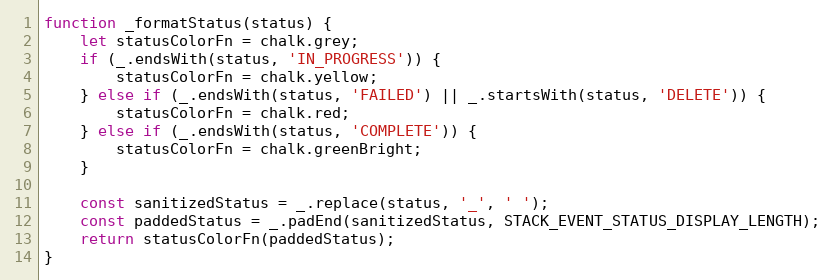
Language: JavaScript
function _formatStatus(status) {
    let statusColorFn = chalk.grey;
    if (_.endsWith(status, 'IN_PROGRESS')) {
        statusColorFn = chalk.yellow;
    } else if (_.endsWith(status, 'FAILED') || _.startsWith(status, 'DELETE')) {
        statusColorFn = chalk.red;
    } else if (_.endsWith(status, 'COMPLETE')) {
        statusColorFn = chalk.greenBright;
    }

    const sanitizedStatus = _.replace(status, '_', ' ');
    const paddedStatus = _.padEnd(sanitizedStatus, STACK_EVENT_STATUS_DISPLAY_LENGTH);
    return statusColorFn(paddedStatus);
}